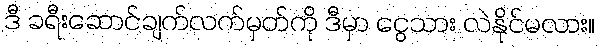
ဒီ ခရီးဆောင်ချက်လက်မှတ်ကို ဒီမှာ ငွေသား လဲနိုင်မလား။